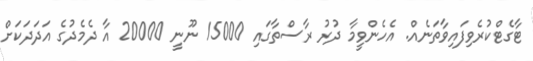
ޓާގެޓްކުރެވިފައިވާތަނެއް. އެހެންވީމާ ދުރު ރާސްތާގައި 15000 ނޫނީ 20000 އާ ދެމެދުގެ އަދަދަކަށް